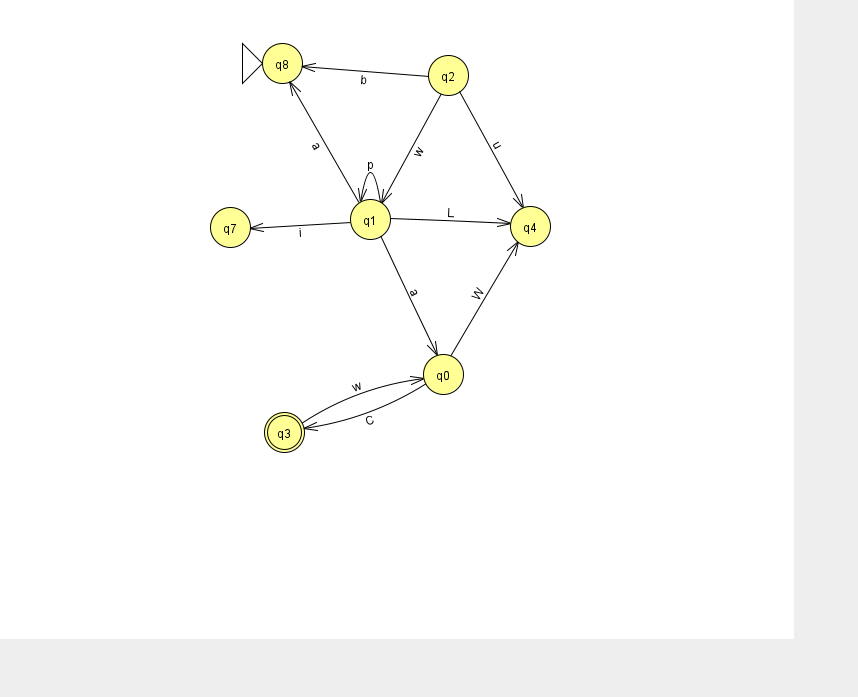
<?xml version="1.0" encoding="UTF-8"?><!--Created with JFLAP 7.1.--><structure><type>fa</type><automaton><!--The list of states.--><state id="0" name="q0"><x>443.0</x><y>361.0</y></state><state id="1" name="q1"><x>370.0</x><y>206.0</y></state><state id="2" name="q2"><x>448.0</x><y>62.0</y></state><state id="3" name="q3"><x>284.0</x><y>419.0</y><final/></state><state id="4" name="q4"><x>530.0</x><y>213.0</y></state><state id="7" name="q7"><x>230.0</x><y>214.0</y></state><state id="8" name="q8"><x>282.0</x><y>50.0</y><initial/></state><!--The list of transitions.--><transition><from>1</from><to>1</to><read>p</read></transition><transition><from>2</from><to>8</to><read>b</read></transition><transition><from>1</from><to>7</to><read>i</read></transition><transition><from>1</from><to>4</to><read>L</read></transition><transition><from>1</from><to>8</to><read>a</read></transition><transition><from>0</from><to>4</to><read>W</read></transition><transition><from>3</from><to>0</to><read>w</read></transition><transition><from>2</from><to>4</to><read>u</read></transition><transition><from>1</from><to>0</to><read>a</read></transition><transition><from>2</from><to>1</to><read>w</read></transition><transition><from>0</from><to>3</to><read>C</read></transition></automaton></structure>